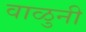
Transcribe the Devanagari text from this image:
वाळुनी